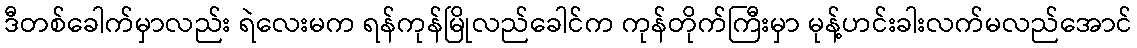
ဒီတစ်ခေါက်မှာလည်း ရဲလေးမက ရန်ကုန်မြိုလည်ခေါင်က ကုန်တိုက်ကြီးမှာ မုန့်ဟင်းခါးလက်မလည်အောင်